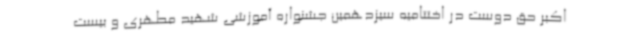
اکبر حق دوست در اختتامیه سیزدهمین جشنواره آموزشی شهید مطهری و بیست